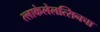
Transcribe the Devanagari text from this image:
त्लाकेलेलत्सिनचा